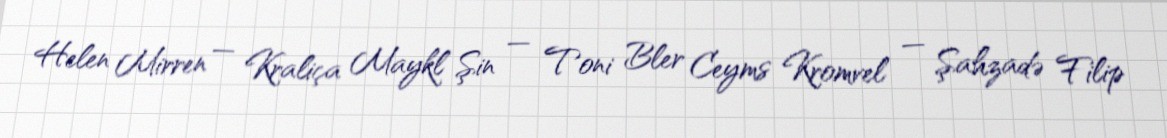
Helen Mirren — Kraliça Maykl Şin — Toni Bler Ceyms Kromvel — Şahzadə Filip